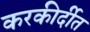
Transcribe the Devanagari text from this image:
करकीर्दीत